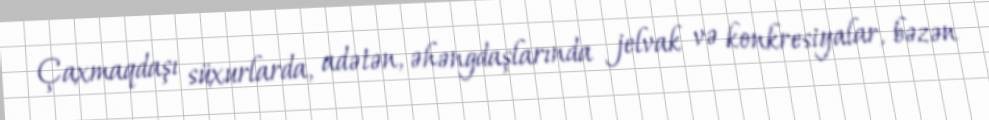
Çaxmaqdaşı süxurlarda, adətən, əhəngdaşlarında jelvak və konkresiyalar, bəzən